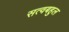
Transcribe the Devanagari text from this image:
सत्वबहुल